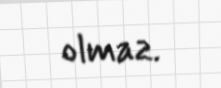
olmaz.